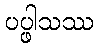
ပပ္ဖါသဿ